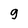
Character: 9